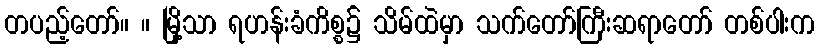
တပည့်တော်။ ။ မြို့သာ ရဟန်းခံကိစ္စ၌ သိမ်ထဲမှာ သက်တော်ကြီးဆရာတော် တစ်ပါးက